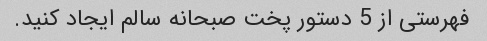
فهرستی از 5 دستور پخت صبحانه سالم ایجاد کنید.